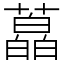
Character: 藠